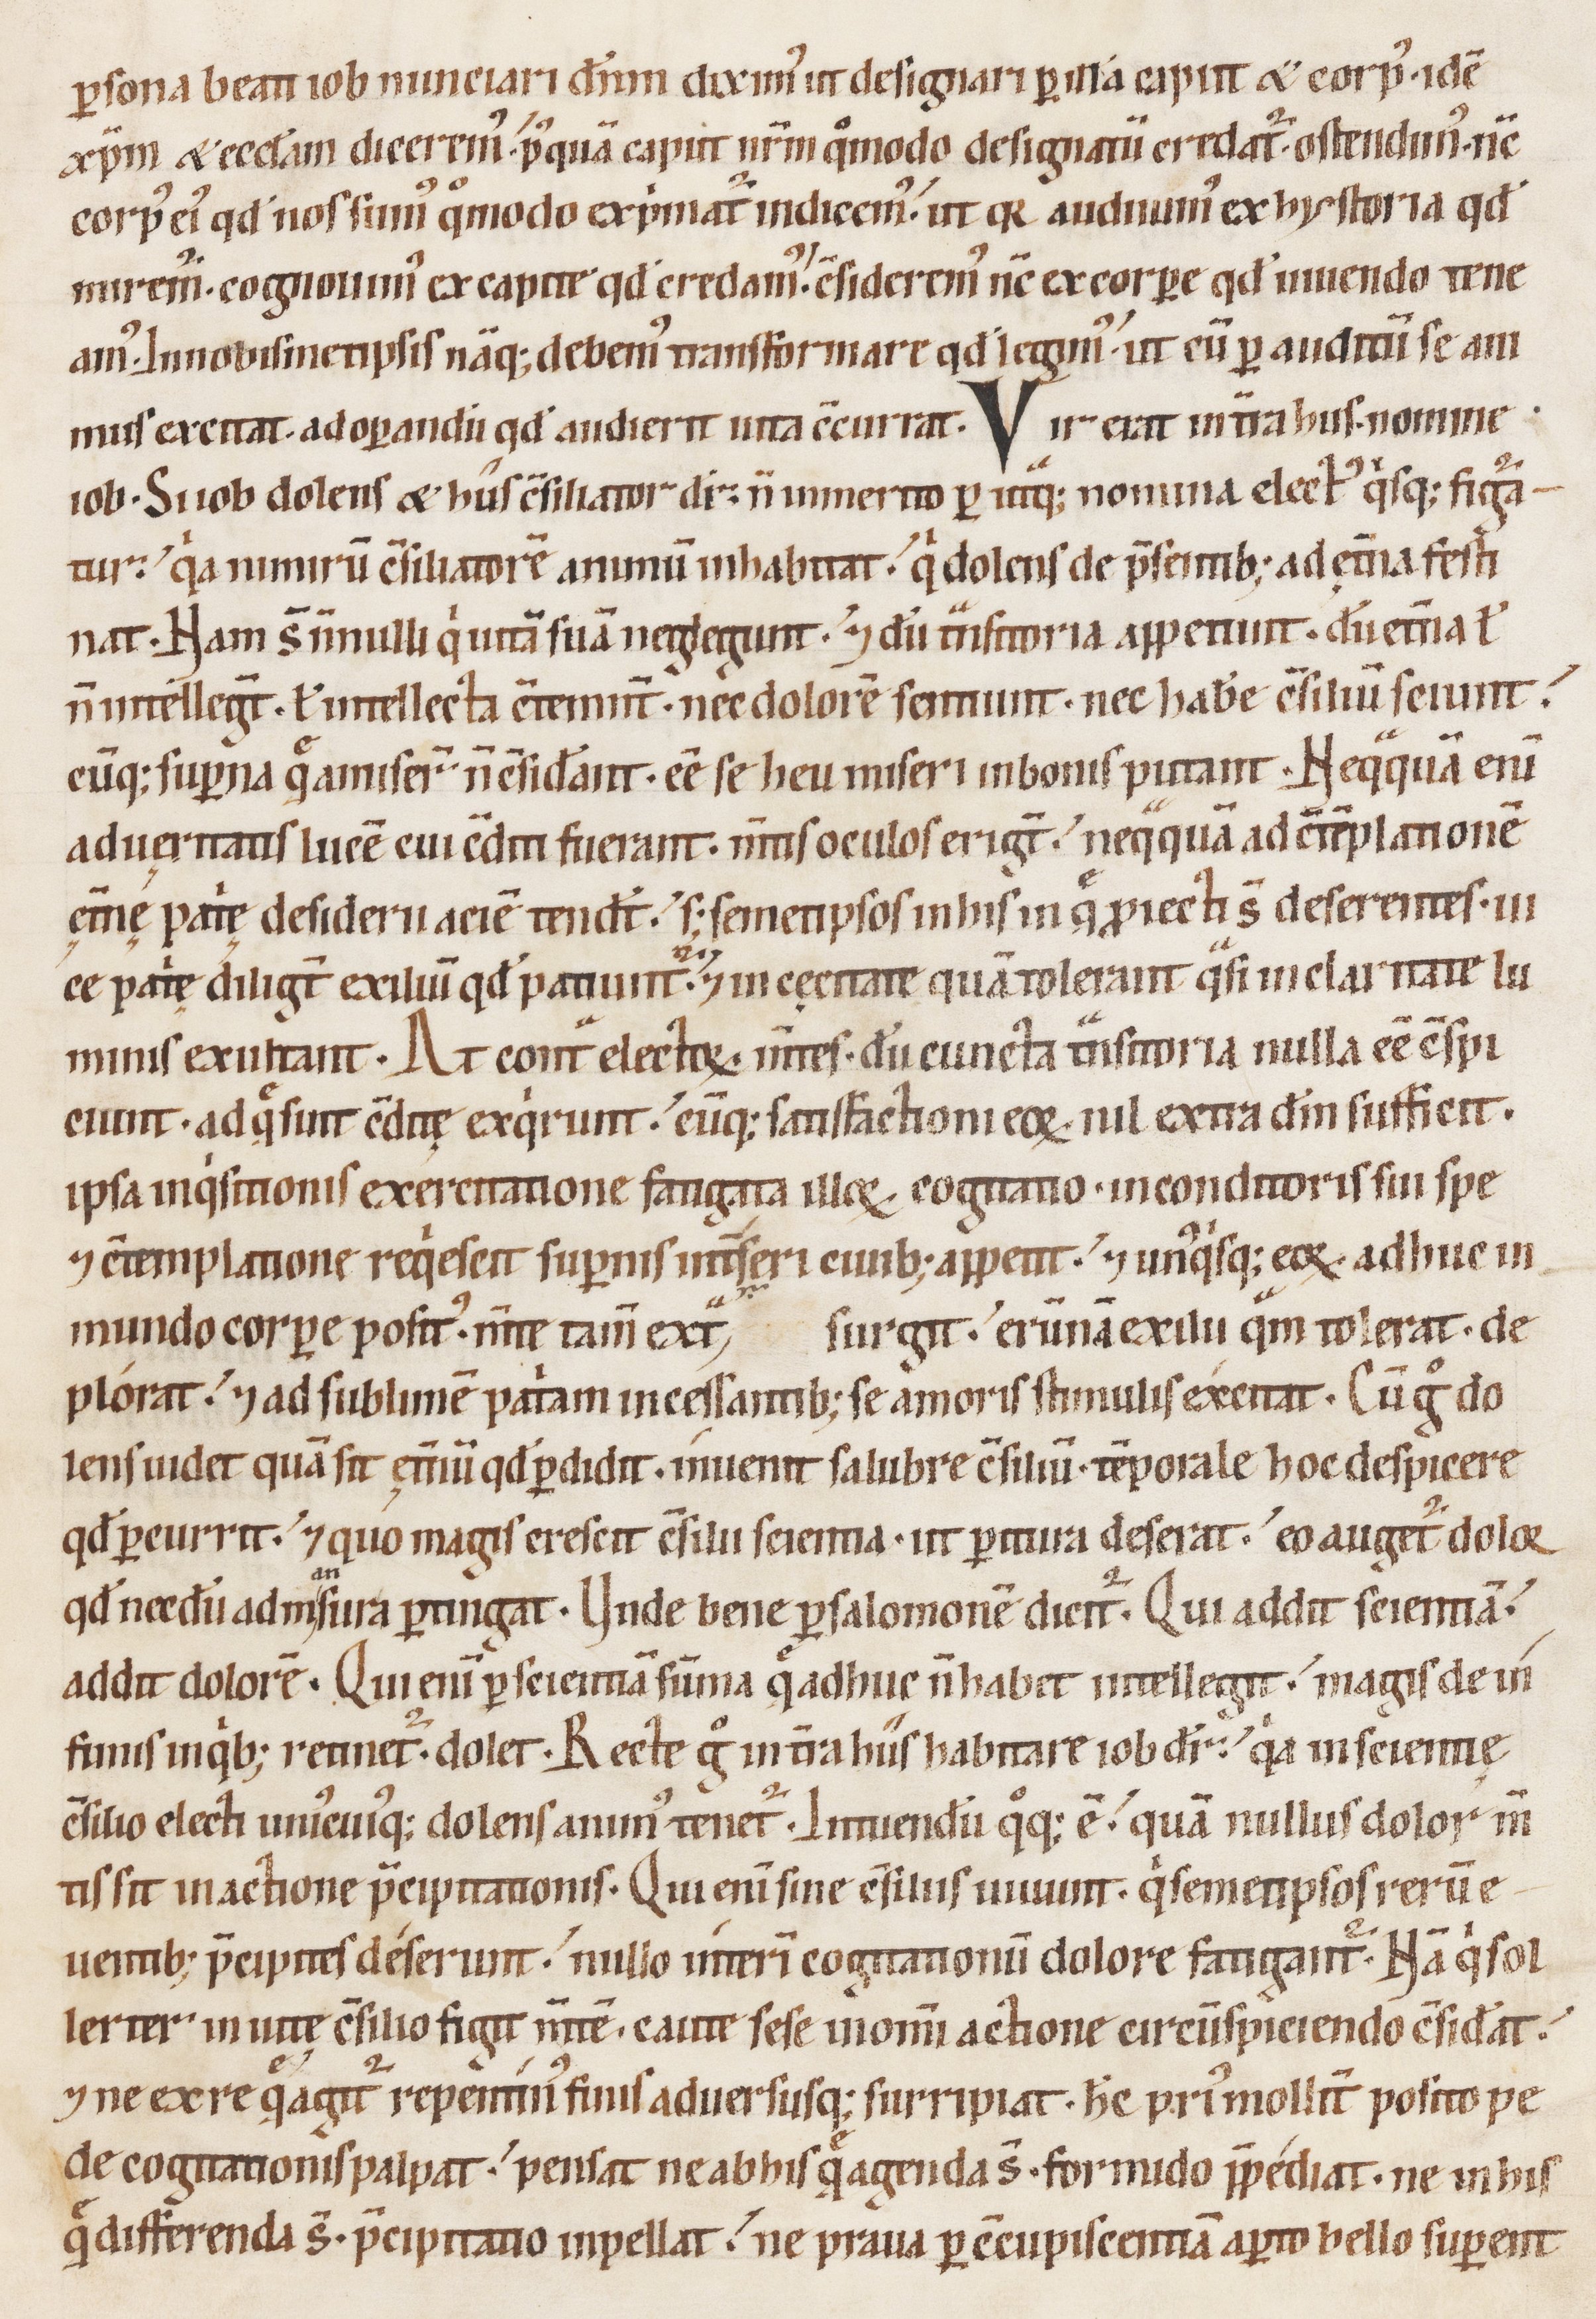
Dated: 1100–1199